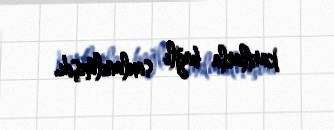
kartlarla bağlı saxlanılmışdı.